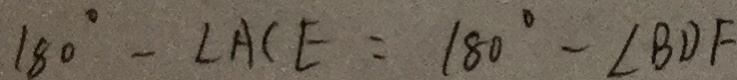
1 8 0 ^ { \circ } - \angle A C E = 1 8 0 ^ { \circ } - \angle B D F